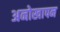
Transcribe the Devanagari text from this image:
अनोखापन